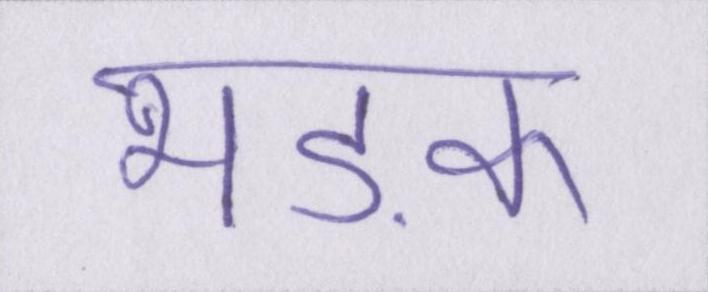
भड़क